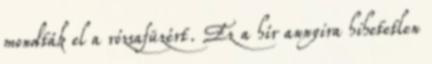
mondták el a rózsafüzért. Ez a hír annyira hihetetlen